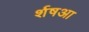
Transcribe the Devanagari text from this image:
र्शषआ